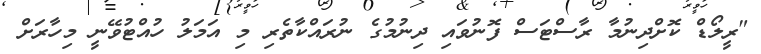
"ރީލޯޑް ކޮށްދިނުމާ ރާސްޓަސް ފޮނުވައި ދިނުމުގެ ނުރައްކާތެރި މި އަަމަލު ހުއްޓުވޭނީ މިހާރަށް